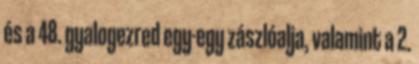
és a 48. gyalogezred egy-egy zászlóalja, valamint a 2.